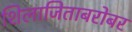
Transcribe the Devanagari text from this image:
शिलाजिताबरोबर